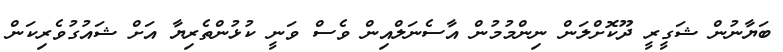
ބަޔާނުން ޝަގީރީ ދޫކޮށްލަން ނިންމުމުން އާސެނަލްއިން ވެސް ވަނީ ކުޅުންތެރިޔާ އަށް ޝައުގުވެރިކަން